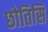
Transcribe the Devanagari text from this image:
छोतिसि